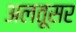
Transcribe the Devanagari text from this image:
अलतूसर